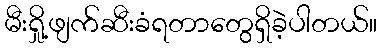
မီးရှို့ဖျက်ဆီးခံရတာတွေရှိခဲ့ပါတယ်။